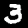
Digit: 3